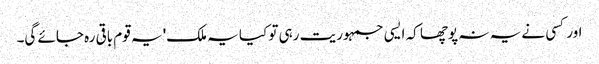
اور کسی نے یہ نہ پوچھا کہ ایسی جمہوریت رہی تو کیا یہ ملک' یہ قوم باقی رہ جائے گی۔